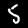
Label: 5